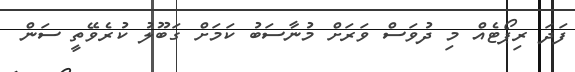
ފަދަ ރިޕޯޓެއް މި ދުވަސް ވަރަށް މުނާސަބު ކަމަށް ގަބޫލު ކުރެވޭތީ ސަން